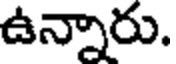
ఉన్నారు.